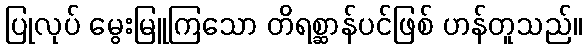
ပြုလုပ် မွေးမြူကြသော တိရစ္ဆာန်ပင်ဖြစ် ဟန်တူသည်။